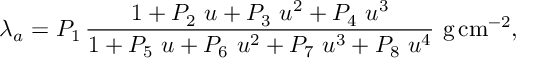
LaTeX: \lambda _ { a } = P _ { 1 } \, \frac { 1 + P _ { 2 } \, \, u + P _ { 3 } \, \, u ^ { 2 } + P _ { 4 } \, \, u ^ { 3 } } { 1 + P _ { 5 } \, \, u + P _ { 6 } \, \, u ^ { 2 } + P _ { 7 } \, \, u ^ { 3 } + P _ { 8 } \, \, u ^ { 4 } } \, \, \mathrm { g } \, \mathrm { c m } ^ { - 2 } ,